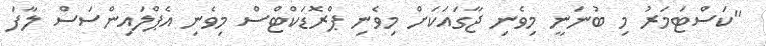
"ކަސްޓަމަރު މި ބުނަނީ މިވެނި ޖާގައަކަށް މިވެނި ޕްރޮޑަކްޓްސް މިވެނި އެޕްލައިންސަސް ލާފަ